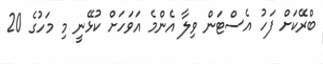
ބްރޭކަށް ފަހު އެސްޓަން ވިލާ އެންމެ އަވަހަށް ކުޅޭނީ މި މަހުގެ 20